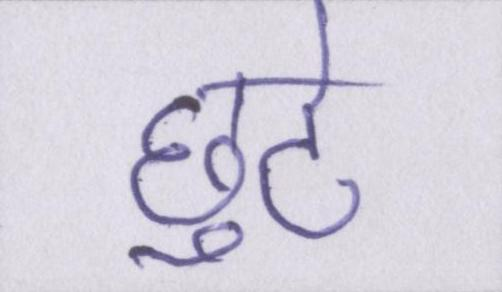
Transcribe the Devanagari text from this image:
छुटे